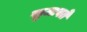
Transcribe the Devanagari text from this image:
खुजावते